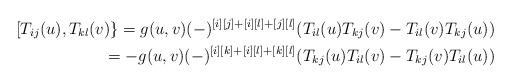
LaTeX: \begin{align*}[ T_{ij}(u), T_{kl}(v)\} = g(u,v) (-)^{[i][j]+[i][l]+[j][l]} (T_{il}(u)T_{kj}(v) - T_{il}(v)T_{kj}(u)) \\\hphantom{[ T_{ij}(u), T_{kl}(v)\} }{} = - g(u,v) (-)^{[i][k]+[i][l]+[k][l]} (T_{kj}(u)T_{il}(v) - T_{kj}(v)T_{il}(u)) \end{align*}